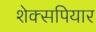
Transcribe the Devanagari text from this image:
शेक्सपियार